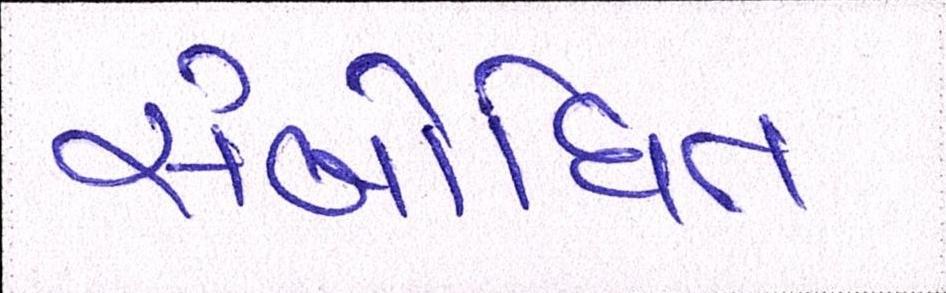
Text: સંબોધિત